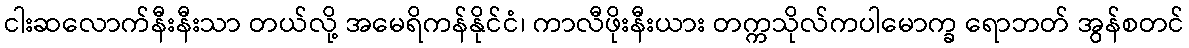
ငါးဆလောက်နီးနီးသာ တယ်လို့ အမေရိကန်နိုင်ငံ၊ ကာလီဖိုးနီးယား တက္ကသိုလ်ကပါမောက္ခ ရောဘတ် အွန်စတင်